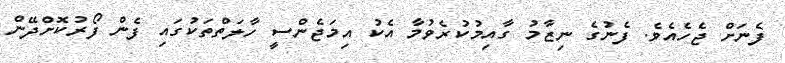
ފެނަށް ޖެހެއެވެ. ފެނުގެ ނިޒާމު ގާއިމުކުރެވުމާ އެކު އިމަޖެންސީ ހާލަތްތަކުގައި ފެން ފޯރުކޮށްދޭން